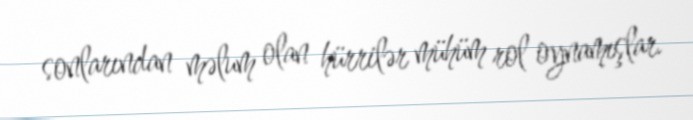
sonlarından məlum olan hürrilər mühüm rol oynamışlar.